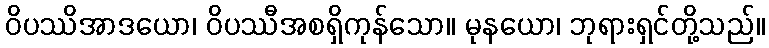
ဝိပဿိအာဒယော၊ ဝိပဿီအစရှိကုန်သော။ မုနယော၊ ဘုရားရှင်တို့သည်။